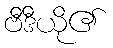
ဗီဒီယို၏